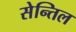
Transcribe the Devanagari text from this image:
सेन्तिल